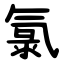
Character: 氯